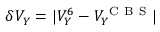
\delta V _ { Y } = | V _ { Y } ^ { 6 } - V _ { Y } ^ { \mathrm { ~ C ~ B ~ S ~ } } |